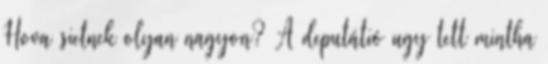
Hova sietnek olyan nagyon? A deputátió ugy tett mintha